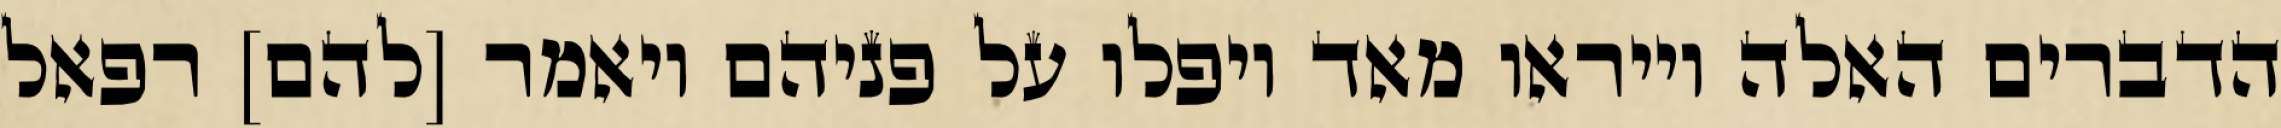
הדברים האלה וייראו מאד ויפלו על פניהם ויאמר [להם] רפאל